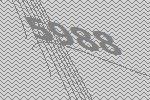
5988